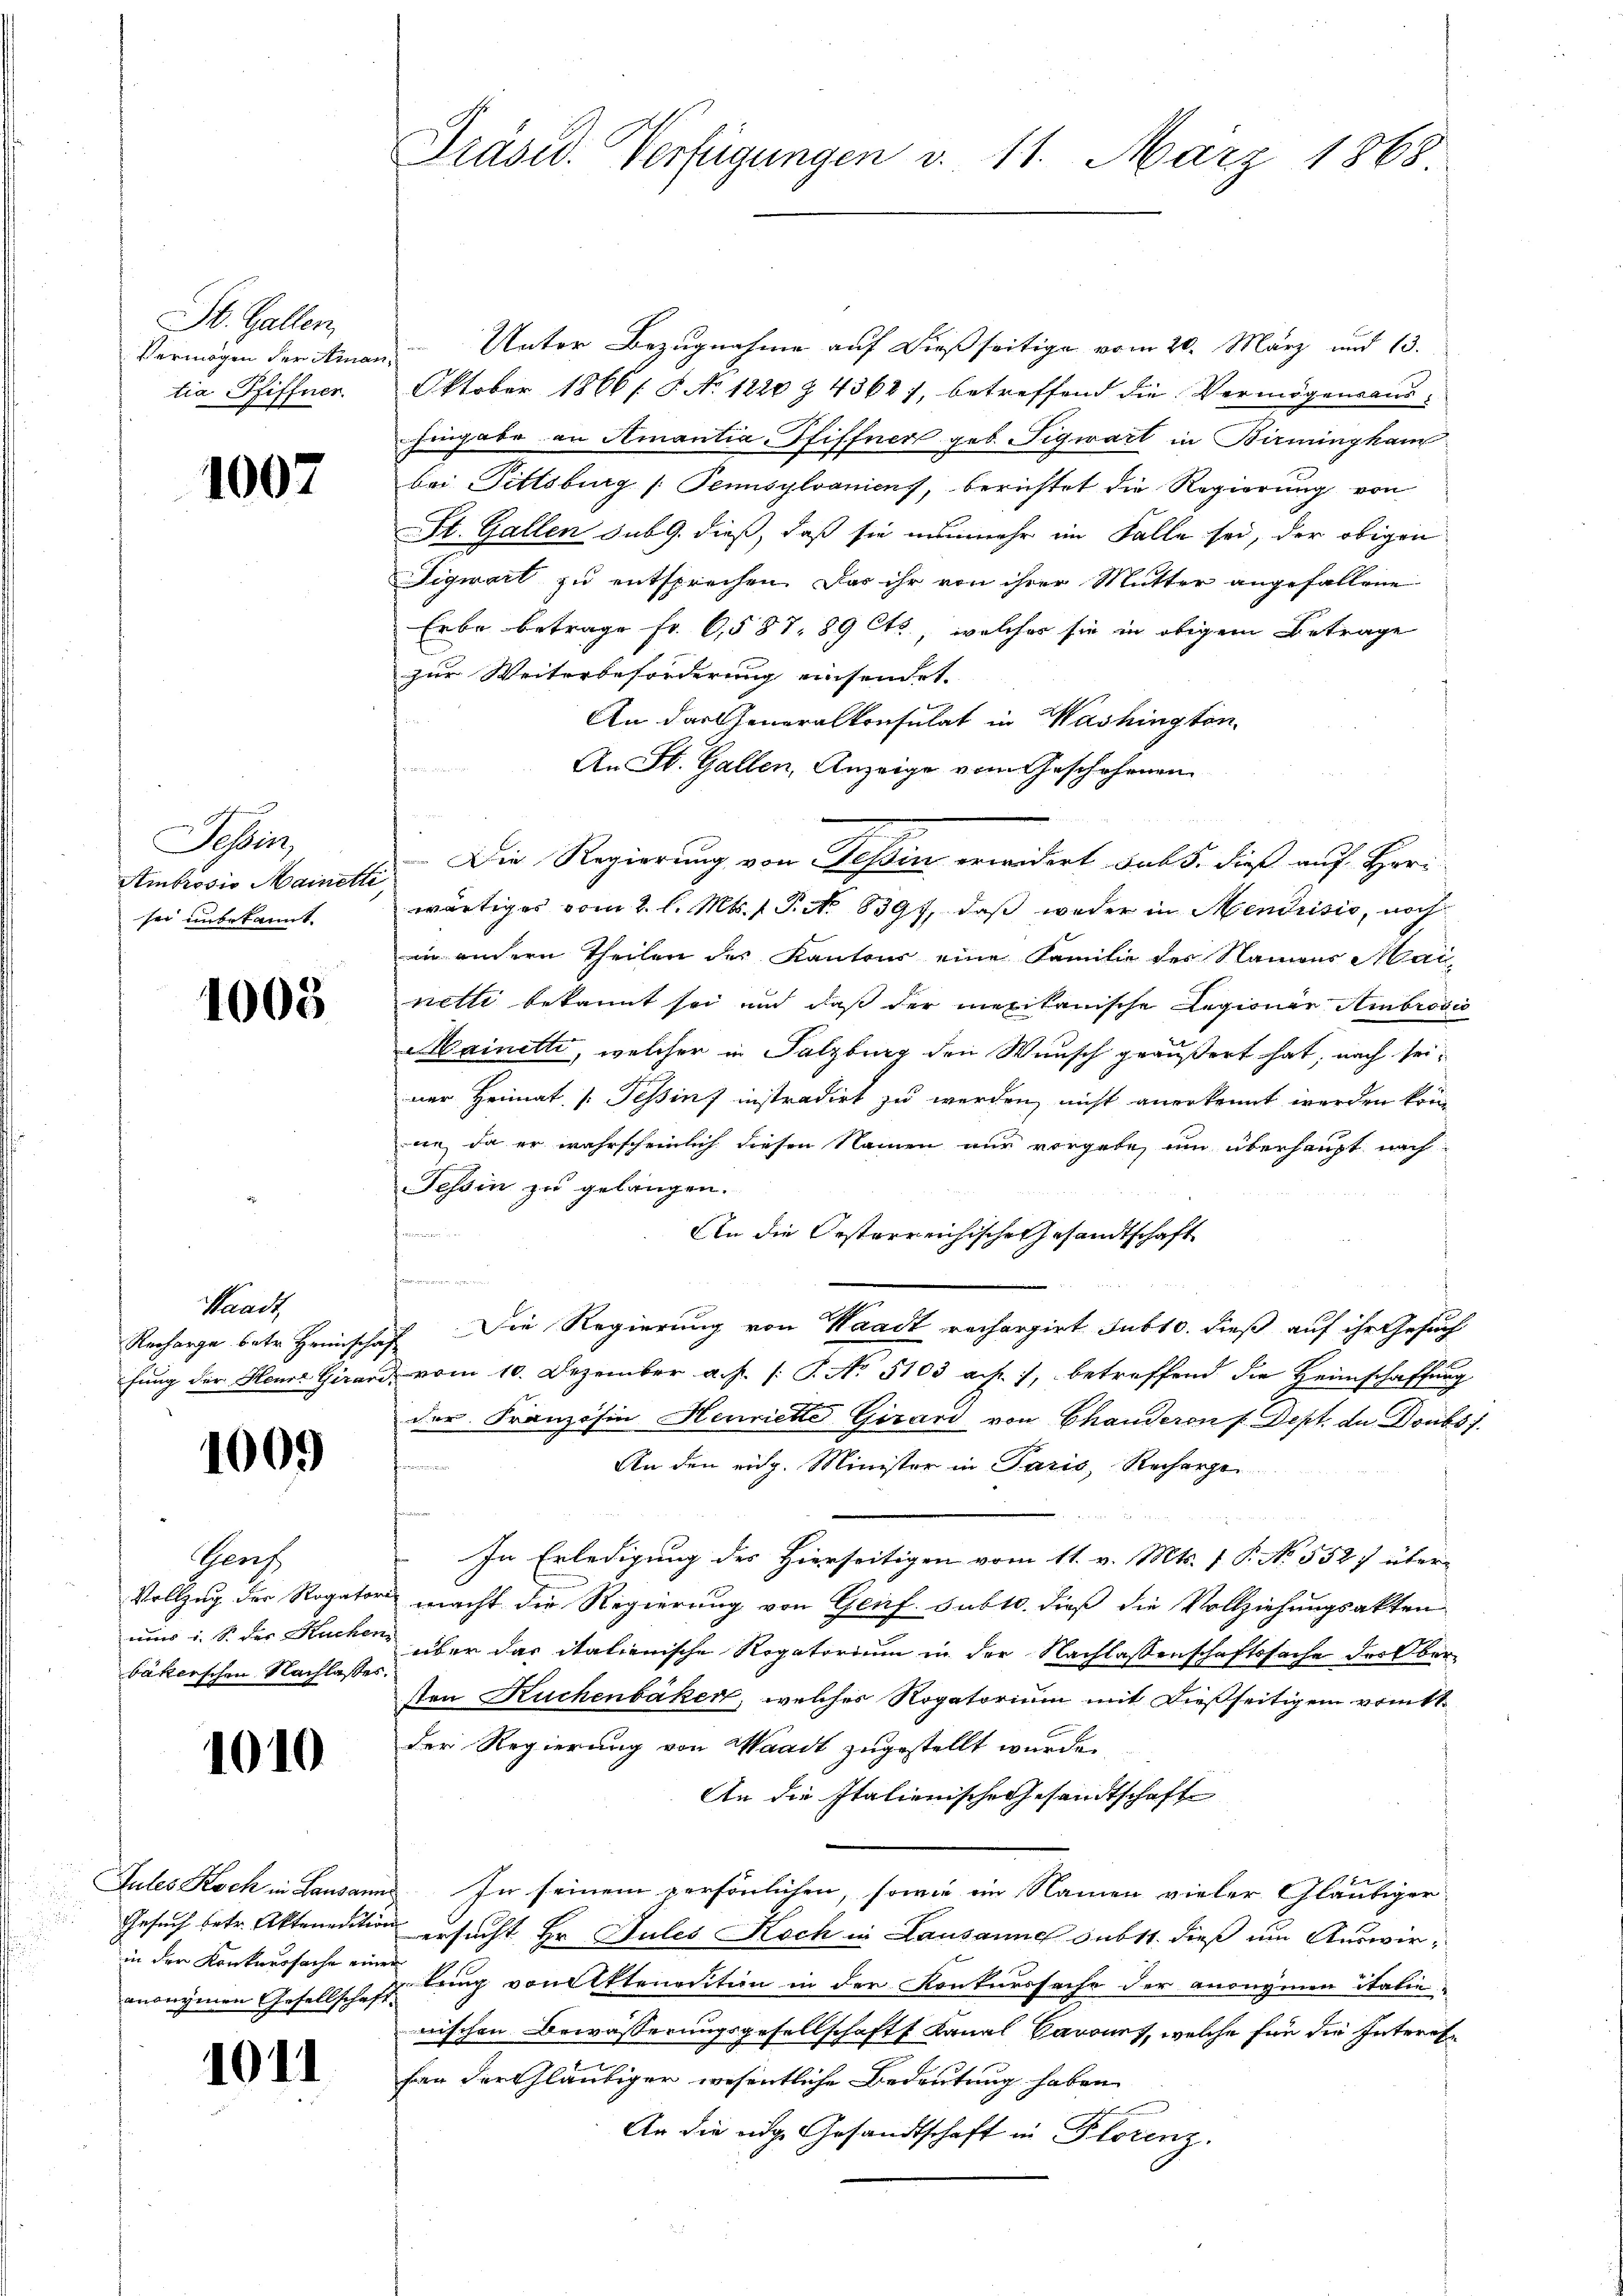
St. Gallen,
Vermögen der Arar
tia Pfiffner

1007

Sesserz
Ambrosis Mainette
ser unbekannt.

1008.

Krad
Recharge betr. Heimischa
fung der Herr Girari

1009

Gerz
Vollzug der Rogato
uus i. S. der Kuche.
bäkerschen Nachlasse

1010

Gutes Koch in Lausann
Gesuch betr. Aktenention
in der Konkurssache eine
anonymen Gesellschaft

1011

Präsid. Verfügungen d. 11. März 1868

Unter Bezugnahme auf dießseitige vom 20. März und 13.
Oktober 1866 f. S. No. 1220 § 43627, betreffend die Vermögensaus-
hingabe an Amantia Pfiffner geb. Tigwart in Birmingham
bei Pittsburg (Tensylvaniens, berichtet die Regierung von
St. Gallen sub 9. dieß, daß sie nunmehr im Falle sei, der obigen
Figwart zu entsprechen. Das ihr von ihrer Mutter angefallene
Erbe betrage fr. 6587. 89 cts, welches sie in obigem Betrage
zur Weiterbeforderung einsendet.
An das Generalkonsulat in Washington,
An St. Gallen, Anzeige vom Geschehenen
Die Regierung von Tessin erwidert, das 5. dieß auf Herr
wärtiges vom 2. l. Mts. 1 P. No. 8397, daß weder in Mendrisis, noch
in andern Theilen des Kantons eine Familie des Namens Mai
netti bekannt sei und daß der mexikanische Legionen Ambrosio
Mainetti, welcher in Salzburg den Wunsch geäußert hat, nach seiner Heimat Tessin instradirt zu werden, nicht anerkennt werden könn
an, da er wahrscheinlich diesen Namen nur vorgete, um überhaupt nach
Tessin zu gelangen.
1
An die Oesterreichische Gesandtschaft
r
 Die Regierung von Waadt rechargirt sub 10. dieß auf ihr Gesuch
 vom 10. Dezember a. p. /: P. No. 5103 a. f. 7, betreffend die Heimschaffung
der Französin Henriette Girard von Chanderen f. Dept. da Donbs).
fr
An den eidg. Minister in Paris, Recherhei
In Erledigung des Hierseitigen vom 11. v. Mts. 1 P. No. 558) über-
macht die Regierung von Genf. sub 10. dieß die Vollziehungsakten
über das italienische Rogatorium in der Nachlassenschaftssache des Obersten Kuchenbaker, welches Rogatorium mit dießseitigem vomtt.
der Regierung von Waadt zugestellt wurde.
An die Italienische Gesandtschaft
u. In seinem persönlichen, sowie ein Namen vieler Gläubiger
ersucht Hr. Jules Koch in Lausanne subst. dieß um Auswirg bring von Ettenedition in der Konkurssache der anonymen italie
nischen Bewässerungsgesellschaft Kanal Barones, welche für die Interesfar der Gläubiger wesentliche Bedeutung haben
An die eige Gesandtschaft in Florenz.